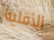
الأقلية